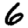
Digit: 6